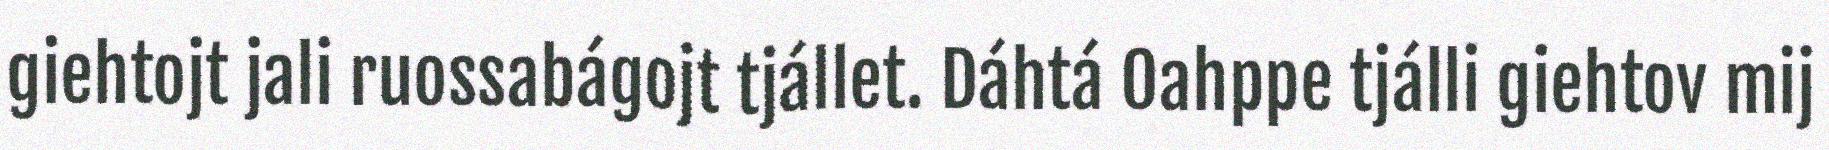
giehtojt jali ruossabágojt tjállet. Dáhtá Oahppe tjálli giehtov mij